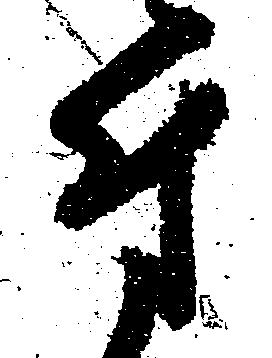
付